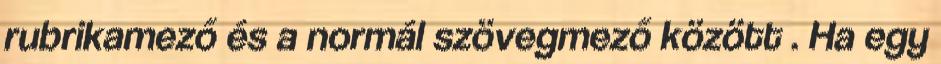
rubrikamező és a normál szövegmező között . Ha egy